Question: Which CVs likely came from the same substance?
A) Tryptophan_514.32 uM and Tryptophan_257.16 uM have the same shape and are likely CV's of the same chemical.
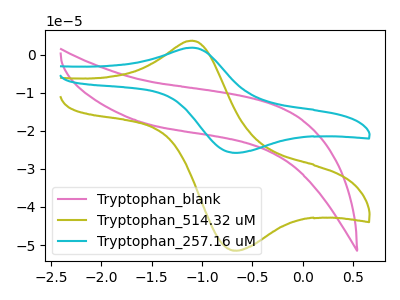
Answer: <think>The pink curve "Tryptophan_blank" has no peaks. The olive curve "Tryptophan_514.32 uM" has an anodic peak at (-1.10V, 3.70uA) and a cathodic peak at (-0.65V, -51.45uA). The cyan curve "Tryptophan_257.16 uM" has an anodic peak at (-1.10V, 1.85uA) and a cathodic peak at (-0.65V, -25.75uA).
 "Tryptophan_blank" and "Tryptophan_514.32 uM" have a different number of peaks. "Tryptophan_blank" and "Tryptophan_257.16 uM" have a different number of peaks. All the peaks in "Tryptophan_514.32 uM" have a peak in "Tryptophan_257.16 uM" at the same potential. Every peak in "Tryptophan_514.32 uM" is higher than every peak in "Tryptophan_257.16 uM".</think>
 <answer>A) "Tryptophan_514.32 uM" and "Tryptophan_257.16 uM" have the same shape and are likely CV's of the same chemical.</answer>
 <eval>A</eval>